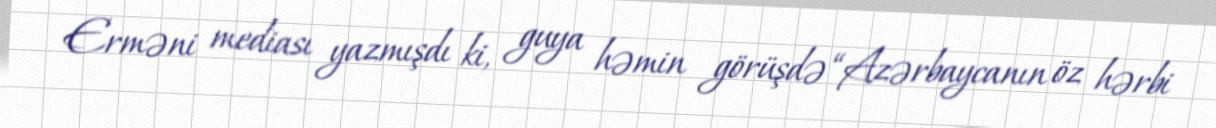
Erməni mediası yazmışdı ki, guya həmin görüşdə “Azərbaycanın öz hərbi